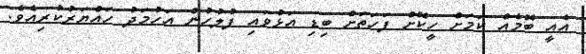
އެއީ ބޮމެއް ކަމަށް ހީކޮށް ފަހަތަށް ބިޑި އަޅުވައި ފުލުހުން އަހުމަދު ހައްޔަރުކުރިއެވެ.